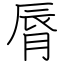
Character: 脣